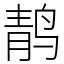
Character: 䴖